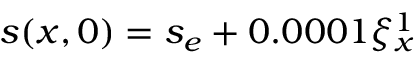
s ( x , 0 ) = s _ { e } + 0 . 0 0 0 1 \xi _ { x } ^ { 1 }